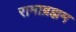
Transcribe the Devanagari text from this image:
रामाब्रह्मम